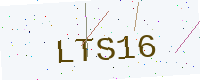
Text: LTS16